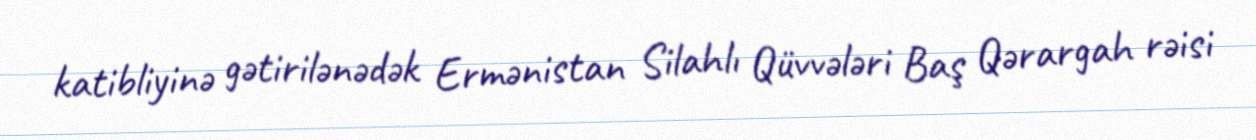
katibliyinə gətirilənədək Ermənistan Silahlı Qüvvələri Baş Qərargah rəisi